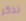
تذكر